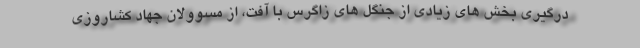
درگیری بخش های زیادی از جنگل های زاگرس با آفت، از مسوولان جهاد کشاروزی